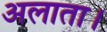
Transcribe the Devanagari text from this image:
अलाता।